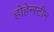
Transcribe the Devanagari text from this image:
होहेन्स्टीन